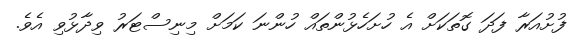
ފުށުއަރާ ފަދަ ގޮތަކަށް އެ ހުށަހެޅުންތައް ހުންނަ ކަމަށް މިނިސްޓަރު ވިދާޅުވި އެވެ.